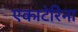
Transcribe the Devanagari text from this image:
एकाटेरिना